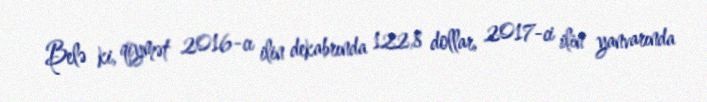
Belə ki, qiymət 2016-cı ilin dekabrında 122,8 dollar, 2017-ci ilin yanvarında